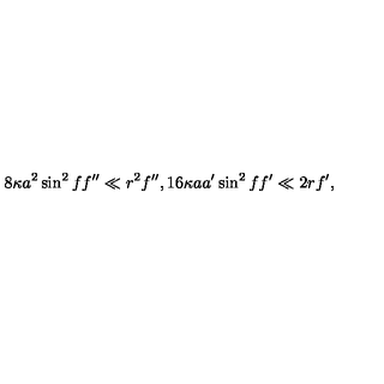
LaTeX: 8 \kappa a ^ { 2 } \sin ^ { 2 } f f ^ { \prime \prime } \ll r ^ { 2 } f ^ { \prime \prime } , 1 6 \kappa a a ^ { \prime } \sin ^ { 2 } f f ^ { \prime } \ll 2 r f ^ { \prime } ,